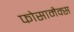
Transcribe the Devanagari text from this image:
फोसामैक्स